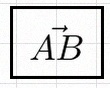
\vec{AB}